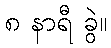
၈ နာရီ ခွဲ။